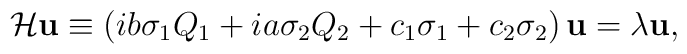
{\cal H}{\bf u}\equiv \left( ib\sigma_1Q_1 + ia\sigma_2Q_2 +c_1\sigma_1 + c_2\sigma_2\right){\bf u} = \lambda{\bf u},